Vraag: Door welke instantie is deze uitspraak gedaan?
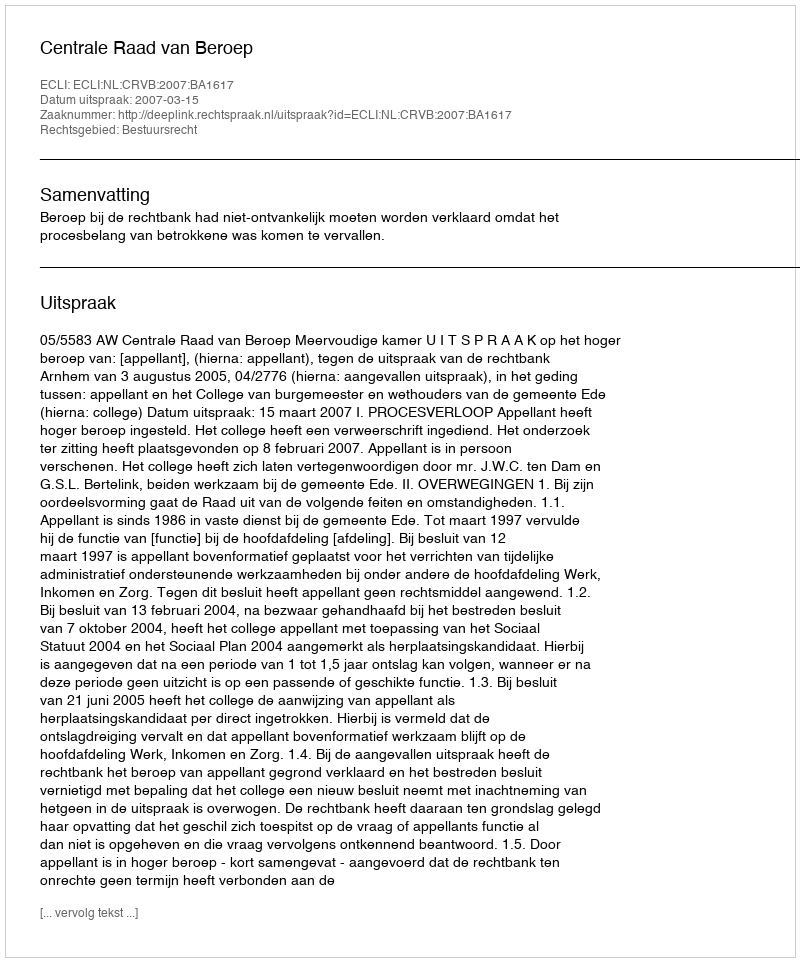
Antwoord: Centrale Raad van Beroep